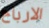
الارباح